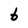
Character: b